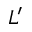
L ^ { \prime }